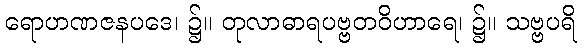
ရောဟဏဇနပဒေ၊ ၌။ တုလာဓာရပဗ္ဗတဝိဟာရေ၊ ၌။ သဗ္ဗပရိ